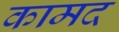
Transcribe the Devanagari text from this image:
कामद